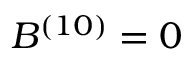
B ^ { ( 1 0 ) } = 0